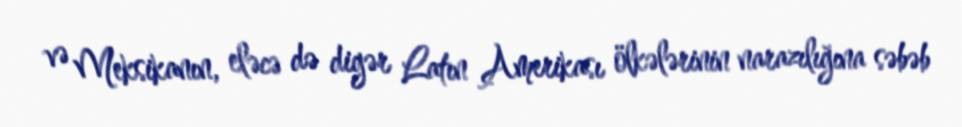
və Meksikanın, eləcə də digər Latın Amerikası ölkələrinin narazılığına səbəb